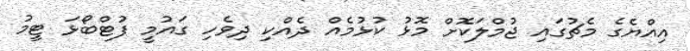
އިއްޔެގެ މެޗުގައި ޖުމްލަކޮށް މޮޅު ކުޅުމެއް ދެއްކި ދިވެހި ގައުމީ ފުޓްބޯޅަ ޓީމު